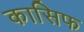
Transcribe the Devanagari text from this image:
कासिफ